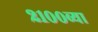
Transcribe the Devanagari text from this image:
२१००व्या